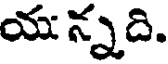
యు న్నది.